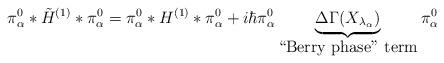
LaTeX: \begin{align*}\pi_\alpha^{0} * \tilde{H}^{(1)} * \pi_\alpha^{0} = \pi_\alpha^{0}* H^{(1)}* \pi_\alpha^{0} + i \hbar \pi_\alpha^{0} \underbrace{\Delta\Gamma(X_{\lambda_\alpha})}_{\mbox{``Berry phase'' term}} \pi_\alpha^{0}\end{align*}